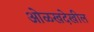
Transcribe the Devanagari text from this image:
ओळखदेखील